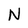
Character: N